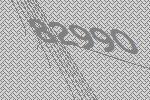
82990